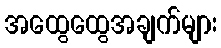
အထွေထွေအချက်များ